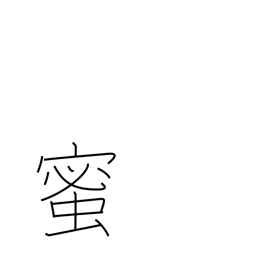
Meaning: honey